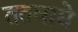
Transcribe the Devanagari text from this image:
ततवाद्ये